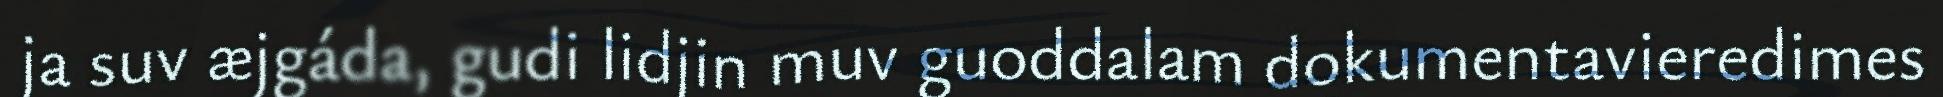
ja suv æjgáda, gudi lidjin muv guoddalam dokumentavieredimes